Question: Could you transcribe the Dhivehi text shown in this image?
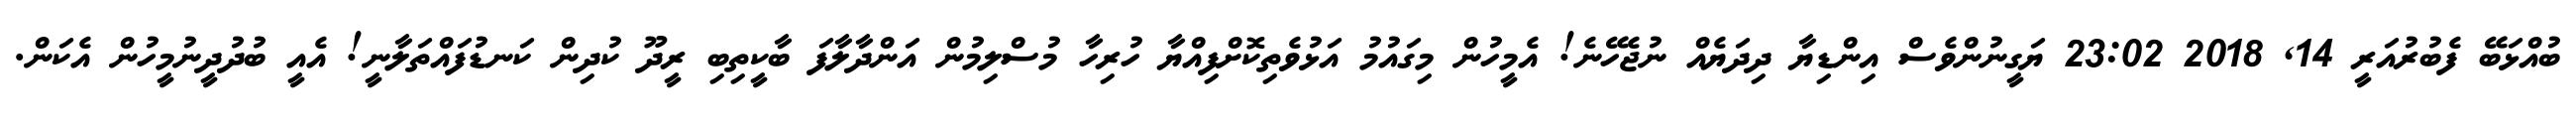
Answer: ބުއްޅަބޭ ފެބުރުއަރީ 14, 2018 23:02 ޔަގީނުންވެސް އިންޑިޔާ ދިދަޔެއް ނުޖެހޭނެ! އެމީހުން މިގައުމު އަޅުވެތިކޮށްފިއްޔާ ހުރިހާ މުސްލިމުން އަންދާލާފަ ބާކީތިބި ރީދޫ ކުދިން ކަނޑުފައްތަލާނީ! އެއީ ބުދުދީނުމީހުން އެކަން.